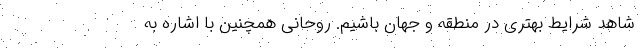
شاهد شرایط بهتری در منطقه و جهان باشیم. روحانی همچنین با اشاره به